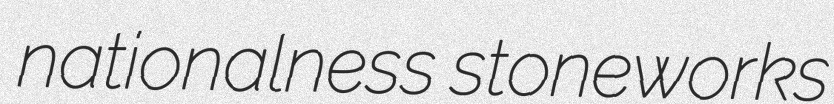
nationalness stoneworks